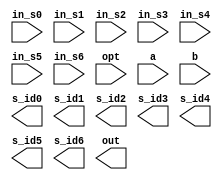
module CC(
  in_s0,
  in_s1,
  in_s2,
  in_s3,
  in_s4,
  in_s5,
  in_s6,
  opt,
  a,
  b,
  s_id0,
  s_id1,
  s_id2,
  s_id3,
  s_id4,
  s_id5,
  s_id6,
  out

);
input [3:0]in_s0;
input [3:0]in_s1;
input [3:0]in_s2;
input [3:0]in_s3;
input [3:0]in_s4;
input [3:0]in_s5;
input [3:0]in_s6;
input [2:0]opt;
input [1:0]a;
input [2:0]b;
output [2:0] s_id0;
output [2:0] s_id1;
output [2:0] s_id2;
output [2:0] s_id3;
output [2:0] s_id4;
output [2:0] s_id5;
output [2:0] s_id6;
output [2:0] out; 
//==================================================================
// reg & wire
//==================================================================


//==================================================================
// design
//==================================================================
endmodule